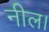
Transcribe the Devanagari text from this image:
नील।